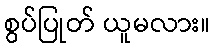
စွပ်ပြုတ် ယူမလား။